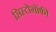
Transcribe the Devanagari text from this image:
सिस्टोग्रॉफी